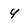
Character: 4